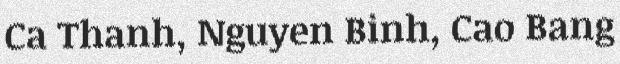
Ca Thanh, Nguyen Binh, Cao Bang